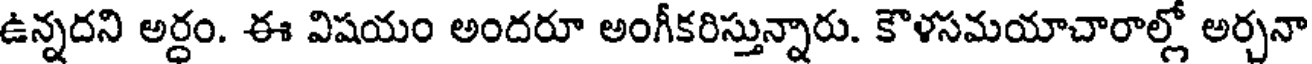
ఉన్నదని అర్ధం. ఈ విషయం అందరూ అంగీకరిస్తున్నారు. కౌళసమయాచారాల్లో అర్చనా